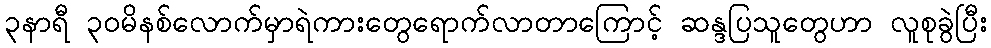
၃နာရီ ၃၀မိနစ်လောက်မှာရဲကားတွေရောက်လာတာကြောင့် ဆန္ဒပြသူတွေဟာ လူစုခွဲပြီး